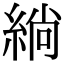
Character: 緔